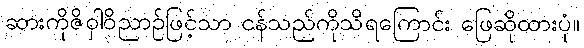
ဆားကိုဇိဝှါဝိညာဉ်ဖြင့်သာ ငန်သည်ကိုသိရကြောင်း ဖြေဆိုထားပုံ။